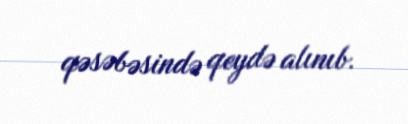
qəsəbəsində qeydə alınıb.